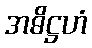
အဓိဋ္ဌဟံ